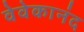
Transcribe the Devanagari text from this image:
वेवेकानंद